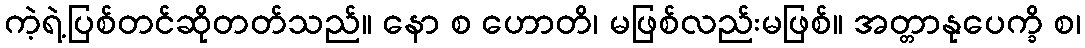
ကဲ့ရဲ့ပြစ်တင်ဆိုတတ်သည်။ နော စ ဟောတိ၊ မဖြစ်လည်းမဖြစ်။ အတ္တာနုပေက္ခိ စ၊